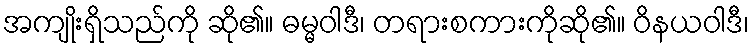
အကျိုးရှိသည်ကို ဆို၏။ ဓမ္မဝါဒီ၊ တရားစကားကိုဆို၏။ ဝိနယဝါဒီ၊